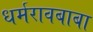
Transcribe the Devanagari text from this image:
धर्मरावबाबा